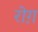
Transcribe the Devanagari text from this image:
रोग़